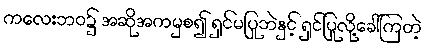
ကလေးဘဝ၌ အဆိုအကမှစ၍ ရှင်မပြုဘဲနှင့် ရှင်ပြုလို့ခေါ်ကြတဲ့